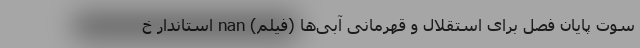
سوت پایان فصل برای استقلال و قهرمانی آبی‌ها (فیلم) nan استاندار خ